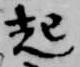
起